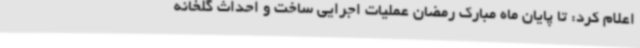
اعلام کرد: تا پایان ماه مبارک رمضان عملیات اجرایی ساخت و احداث گلخانه